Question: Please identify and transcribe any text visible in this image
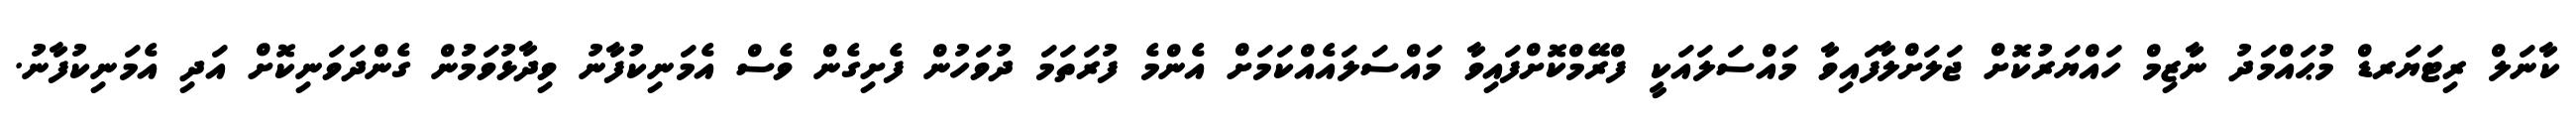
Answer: ކާނަލް ރިޓަޔަރޑް މުޙައްމަދު ނާޒިމް ހައްޔަރުކޮށް ޖަލަށްލާފައިވާ މައްސަލައަކީ ފްރޭމްކޮށްފައިވާ މައްސަލައެއްކަމަށް އެންމެ ފުރަތަމަ ދުވަހުން ފެށިގެން ވެސް އެމަނިކުފާނު ވިދާޅުވަމުން ގެންދަވަނިކޮށް އަދި އެމަނިކުފާނު.